Indian journal of veterinary science and animal husbandry - Volumes 24-25, 1954-1955
Year: 1954
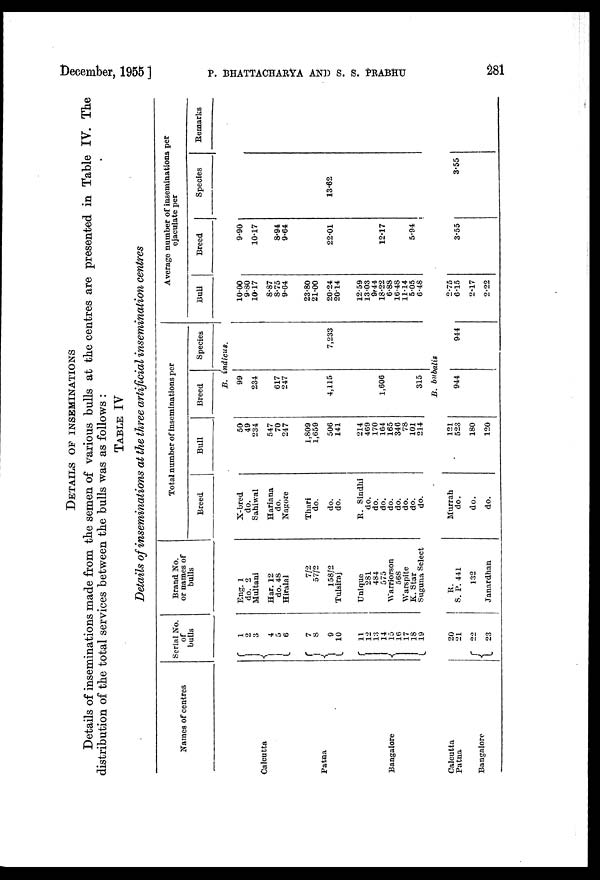
December, 1955] P. BHATTACHARYA AND S. S. PRABHU 281
DETAILS OF INSEMINATIONS
Details of inseminations made from the semen of various bulls at the centres are presented in Table IV. The
distribution of the total services between the bulls was as follows :
TABLE IV
Details of inseminations at the three artificial insemination centres
Names of centres
Calcutta
Patna
Bangalore
Calcutta
Patna
Bangalore
Serial No.
of
bulls
1
2
3
4
5
6
7
8
9
10
11
12
13
14
15
16
17
18
19
20
21
22
23
Brand No.
or names of
bulls
Eng. 1
do. 2
Multani
Har. 12
do. 48
Hiralal
7/2
57/2
158/2
Tulsiraj
Unique
281
484
575
Warriorson
568
Warspite
K. Star
Suguna Select
R.
S. P. 441
132
Janardhan
Total number of inseminations per
Breed
X-bred
do.
Sahiwal
Hariana
do.
Nagore
Thari
do.
do.
do.
R. Sindhi
do.
do.
do.
do.
do.
do.
do.
do.
Murrah
do.
do.
do.
Bull
50
49
234
547
70
247
1,809
1,659
506
141
214
469
170
164
165
346
78
101
214
121
523
180
120
Breed
Species
B. indicus.
99
234
617
247
4,115
1,606
315
7,233
B. bubalis
944
944
Average number of inseminations per
Bull
10.00
9.80
10.17
8.87
8.75
9.64
23.80
21.00
20.24
20.14
12.59
13.03
9.44
18.22
6.88
16.48
11.14
5.05
6.48
2.75
6.15
2.17
2.22
ejaculate per
Breed
9.90
10.17
8.94
9.64
22.01
12.17
5.94
3.55
Species
13.62
3.55
Remarks